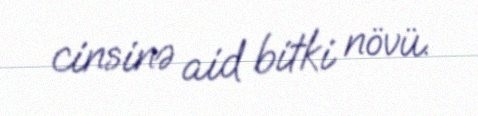
cinsinə aid bitki növü.